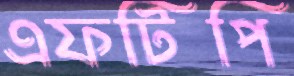
এফটিপি